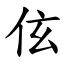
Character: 伭